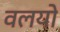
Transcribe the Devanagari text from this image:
वलयो